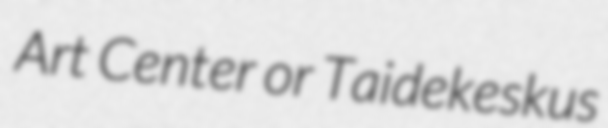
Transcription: Art Center or Taidekeskus